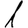
Digit: 1